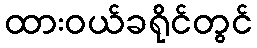
ထားဝယ်ခရိုင်တွင်